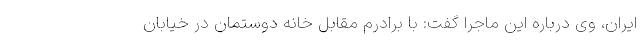
ایران، وی درباره این ماجرا گفت: با برادرم مقابل خانه دوستمان در خیابان